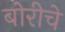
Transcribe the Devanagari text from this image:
बोरीचे